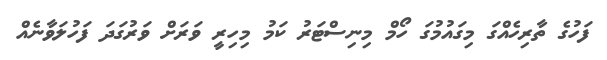
ފަހުގެ ތާރިހެއްގަ މިގައުމުގަ ހޯމް މިނިސްޓަރު ކަމު މިހިރީ ވަރަށް ވަރުގަދަ ފަހުލަވާނެއް